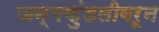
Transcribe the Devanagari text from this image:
जन्मकुंडलीवरून